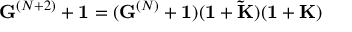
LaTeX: { \bf G } ^ { ( N + 2 ) } + { \bf 1 } = ( { \bf G } ^ { ( N ) } + { \bf 1 } ) ( { \bf 1 } + { \bf \tilde { K } } ) ( { \bf 1 } + { \bf K } )